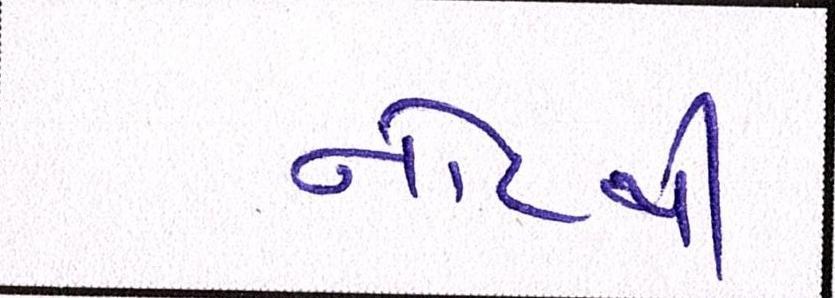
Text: નોટથી